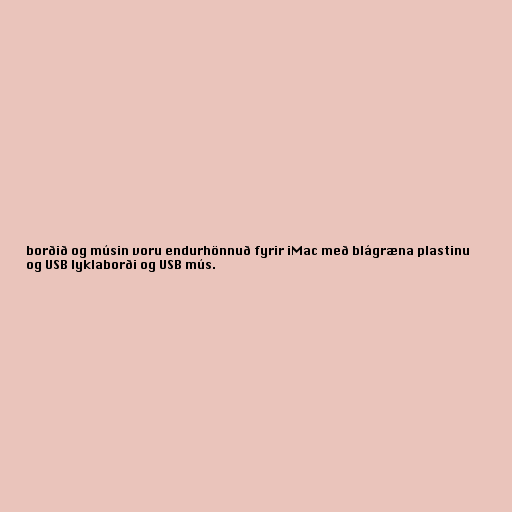
borðið og músin voru endurhönnuð fyrir iMac með blágræna plastinu
og USB lyklaborði og USB mús.